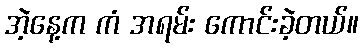
အဲ့နေ့က ကံ အရမ်း ကောင်းခဲ့တယ်။